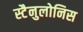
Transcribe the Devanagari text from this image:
स्टैनुलोनिस